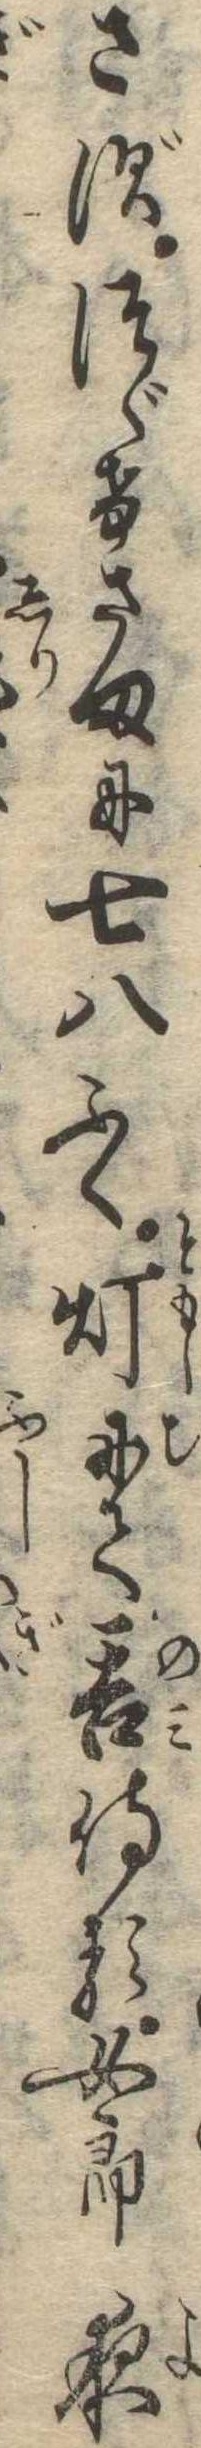
さずつゞけさまに七八ふく灯にて呑侍る女郎夜